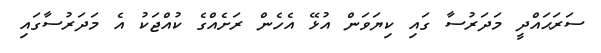
ސަރަޙައްދީ މަދަރުސާ ގައި ކިޔަވަން އުޅޭ އެހެން ރަށެއްގެ ކުއްޖަކު އެ މަދަރުސާގައި